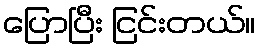
ပြောပြီး ငြင်းတယ်။